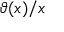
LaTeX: \vartheta ( x ) / x